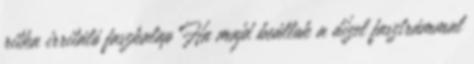
ritka irritáló faszkalap Ha majd beállok a dízel fasztrámmal